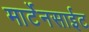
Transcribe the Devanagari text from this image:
मार्टेनसाईट